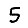
Digit: 5